Development of the Leishman-Donovan parasite in Cimex rotundatus - Number 31
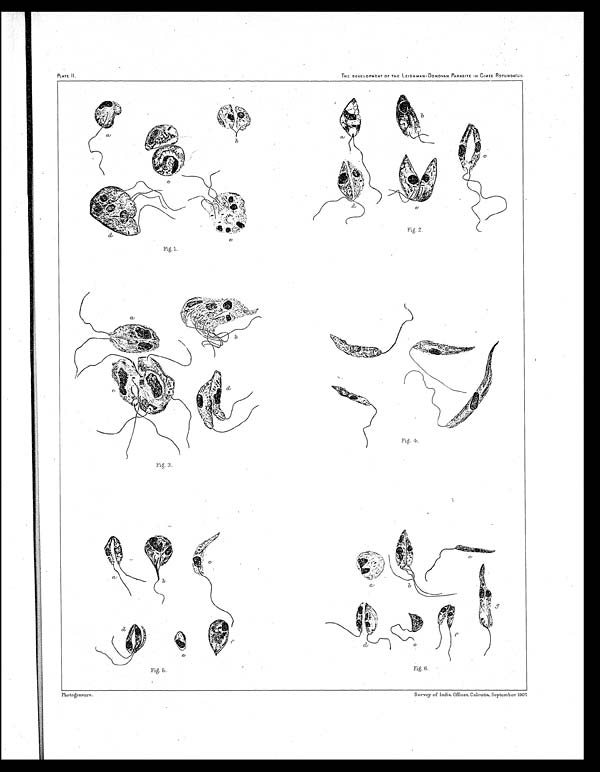
Fi g. 5.
Fig. 6.
PLATE II.
THE DEVELOPMENT OF THE LEISHMAN-DONOVAN PARASITE IN CIMEX ROTUNDATUS.
Fig. 2.
Fig. 1.
Fig. 4.
Fig. 3.
Photo ģravure.
Survey of India Offices, Calcutta, September. 1907.